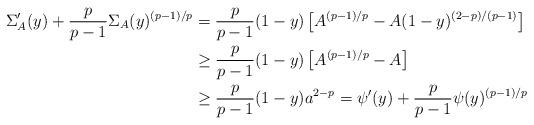
LaTeX: \begin{align*}\Sigma_A'(y) + \frac{p}{p-1} \Sigma_A(y)^{(p-1)/p} & = \frac{p}{p-1} (1-y) \left[ A^{(p-1)/p} - A (1-y)^{(2-p)/(p-1)} \right] \\& \ge \frac{p}{p-1} (1-y) \left[ A^{(p-1)/p} - A \right] \\& \ge \frac{p}{p-1} (1-y) a^{2-p} = \psi'(y) + \frac{p}{p-1} \psi(y)^{(p-1)/p}\end{align*}